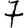
Digit: 7